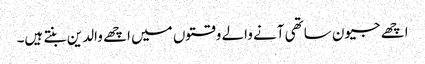
اچھے جیون ساتھی آنے والے وقتوں میں اچھے والدین بنتے ہیں۔